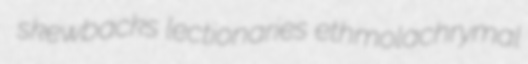
skewbacks lectionaries ethmolachrymal